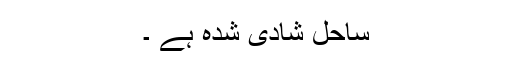
ساحل شادی شدہ ہے ۔